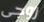
زوجى